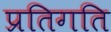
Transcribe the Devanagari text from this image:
प्रतिगति